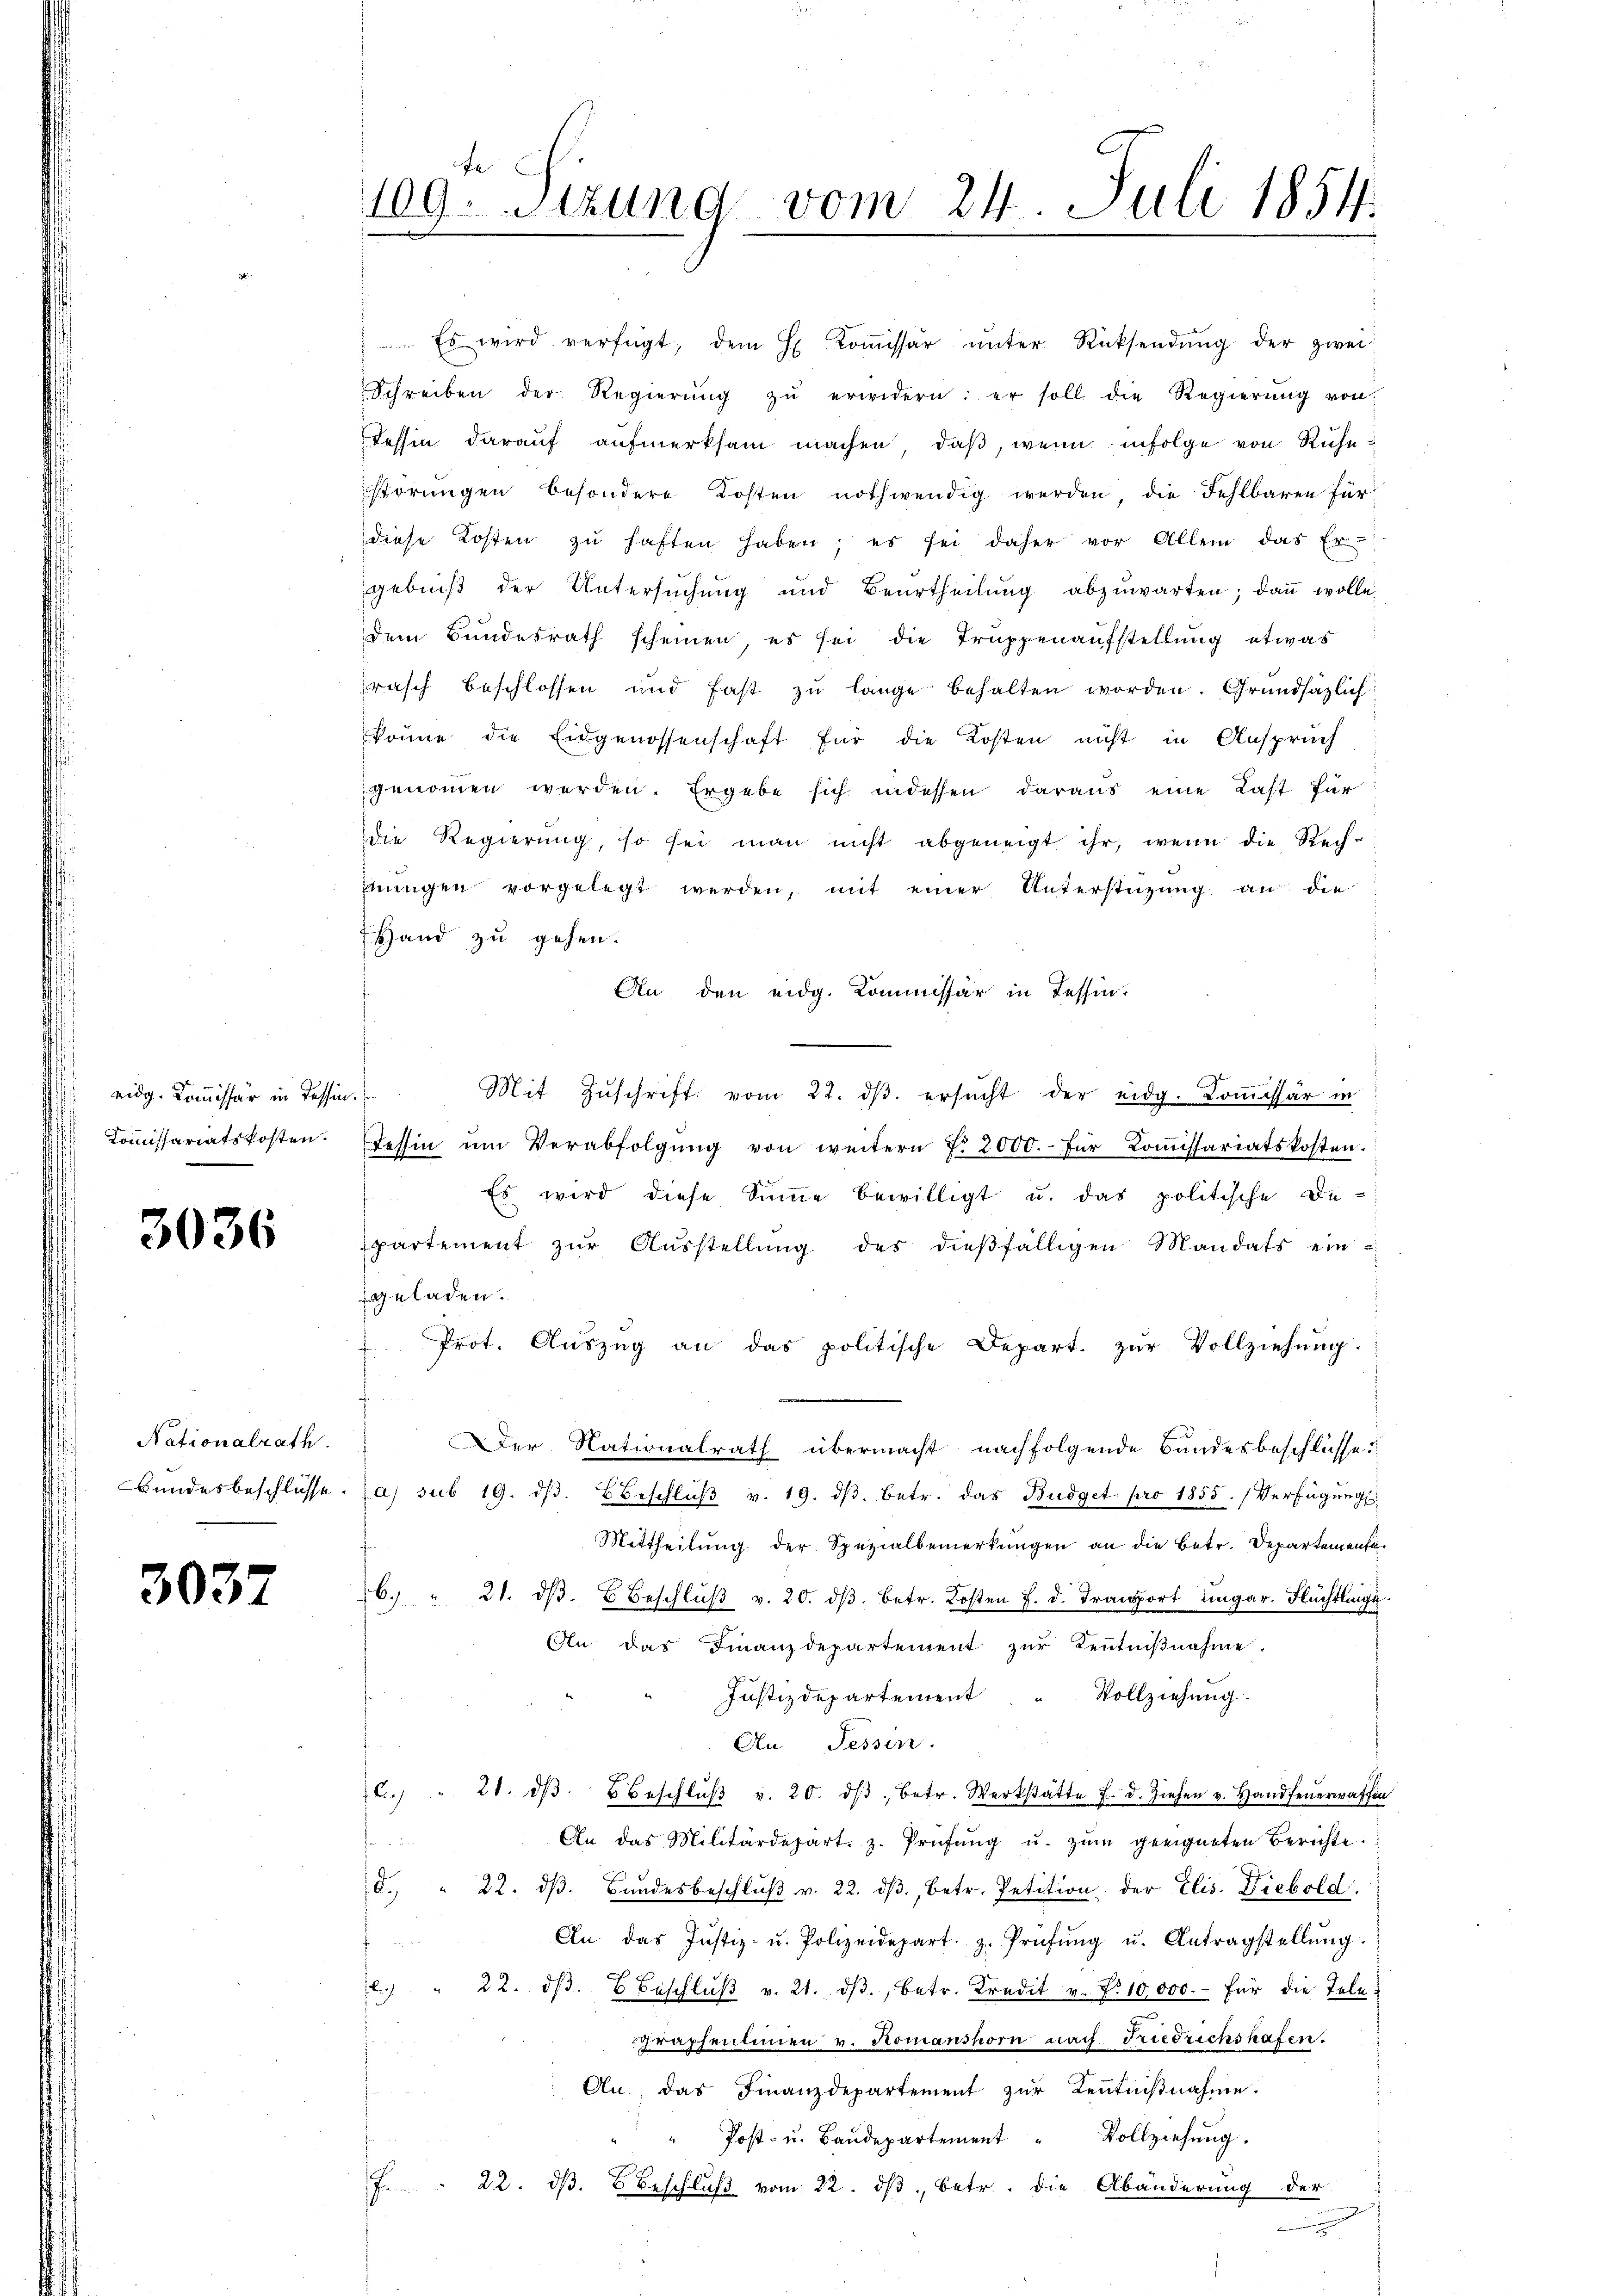
eidg. Kommissär in Tessin
Kommissariatskosten.

3036

Nationalrath
Bundesbeschlüsse.

303

fe
109. Sitzung vom 24. Juli 1854.
m

Es wird verfügt, dem H. Koṁissär ŭnter Rücksendŭng der zwei
Schreiben der Regierŭng zŭ erwidern: er soll die Regierŭng von
Tessin darauf aufmerksam machen, daß, wenn infolge von Ruhestörungen besondere Kosten nothwendig werden, die Fehlbaren für
diese Kosten zŭ haften haben; es sei daher vor Allem das Er-
gebniß der Untersuchung und Beurtheilŭng abzŭwarten; dann wolle.
dem Bundesrath scheinen, es sei die Truppenaŭfstellŭng etwas
rasch beschlossen und fast zŭ lange behalten worden. Grundsätzlich
könne die Eidgenossenschaft für die Kosten nicht in Anspruch
genommen werden. Ergebe sich indessen daraus eine Last für
die Regierung, so sei man nicht abgeneigt ihr, wenn die Rech-
jeingen vorgelegt werden, mit einer Unterstüzung an die
Hand zu gehen.
An den eidg. Kommissär in Tessin.
Mit Zŭschrift vom 22. dβ. ersŭcht der eidg. Kommissär in
t
Tessin ŭm Verabfolgŭng von weitern N. 2000.- für Koṁissariatskosten.
Es wird diese Summe bewilligt u. das politische Departement zŭr Aŭsstellŭng des dießfälligen Mandats eingeladen.
. Prot. Auszug an das politische Depart. zŭr Vollziehung.
Diner
Der Nationalrath übermacht nachfolgende Bandesbeschlüsse
a) sub 19. dβ beschlŭβ v. 19. dβ. betr. das Budget pro 1855. Verfügungs
Mittheilung der Spezialbemerkungen an die Betr. Departemente¬
6. " 21. dβ u Beschlŭβ v. 20. dβ betr. Kosten f. d. Transport Eingar. Flüchtlage.
An das Finanzdepartement zur Kenntnißnahme.
Justizdepartement
Vollziehung.
An Sessen.
C. " 21. dβ beschlŭβ v. 20. dβ betr. Werkstätte f. d. Ziehen v. Handfeŭerwaffen
An das Militärdepart. z. Prüfŭng u. zŭm geeigneten Berichte:
e
d. " 22. dβ. Bŭndesbeschlŭβ v. 22. dβ, betr. Petition der Elis. Diebold.
An das Justiz- u. Polizeidepart. z. Prüfŭng u. Antragstellŭng.
 " 22. dβ. Beschlŭβ v. 21. dβ, betr. Kredit v. Nr. 10,000.- für die Tele
graphenlinen v. Romanshorn nach Friedrichshafen.
An., das Finanzdepartement zŭr Kenntniβnahme.
" Post- u. Baŭdepartement " Vollziehŭng.
F. 22. dβ beschlŭβ vom 22. dβ betr. die Abänderung der
.